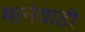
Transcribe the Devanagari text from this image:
मानेवाडी